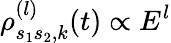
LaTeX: \rho_{s_{1}s_{2},k}^{(l)}(t)\propto E^{l}